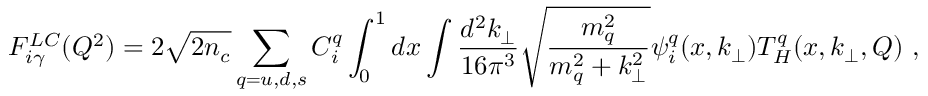
F _ { i \gamma } ^ { L C } ( Q ^ { 2 } ) = 2 \sqrt { 2 n _ { c } } \sum _ { q = u , d , s } C _ { i } ^ { q } \int _ { 0 } ^ { 1 } d x \int \frac { d ^ { 2 } k _ { \perp } } { 1 6 \pi ^ { 3 } } \sqrt { \frac { m _ { q } ^ { 2 } } { m _ { q } ^ { 2 } + k _ { \perp } ^ { 2 } } } \psi _ { i } ^ { q } ( x , k _ { \perp } ) T _ { H } ^ { q } ( x , k _ { \perp } , Q ) \ ,